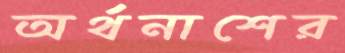
অর্থনাশের